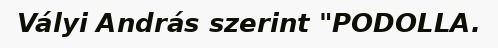
Vályi András szerint "PODOLLA.